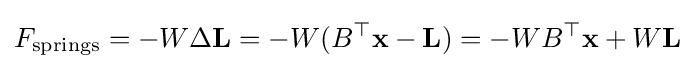
F_{\text{springs}}=-W\Delta \mathbf {L} =-W(B^{\top }\mathbf {x} -\mathbf {L} )=-WB^{\top }\mathbf {x} +W\mathbf {L}